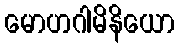
မောဟဂါမိနိယော